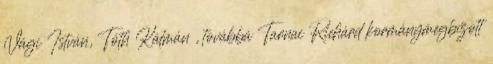
Vági István, Tóth Kálmán , továbbá Tarnai Richárd kormánymegbízott